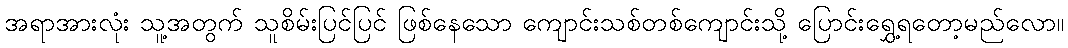
အရာအားလုံး သူ့အတွက် သူစိမ်းပြင်ပြင် ဖြစ်နေသော ကျောင်းသစ်တစ်ကျောင်းသို့ ပြောင်းရွှေ့ရတော့မည်လော။